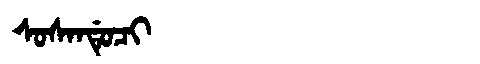
Manchu: ᠰᠣᠰᠠᠨᡩᡠᠴᡳ
Romanization: SOSANDUCI